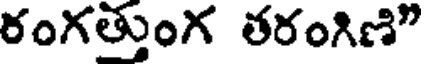
రంగత్తుంగ తరంగిణి"